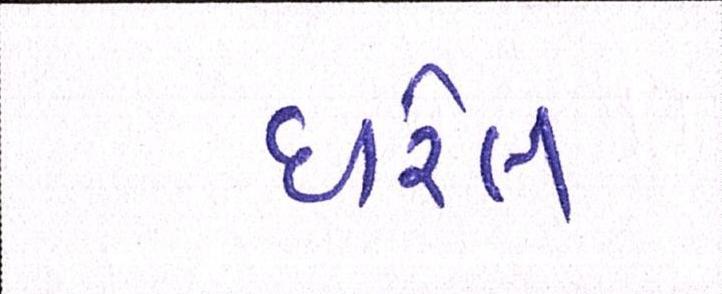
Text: ધરેલ